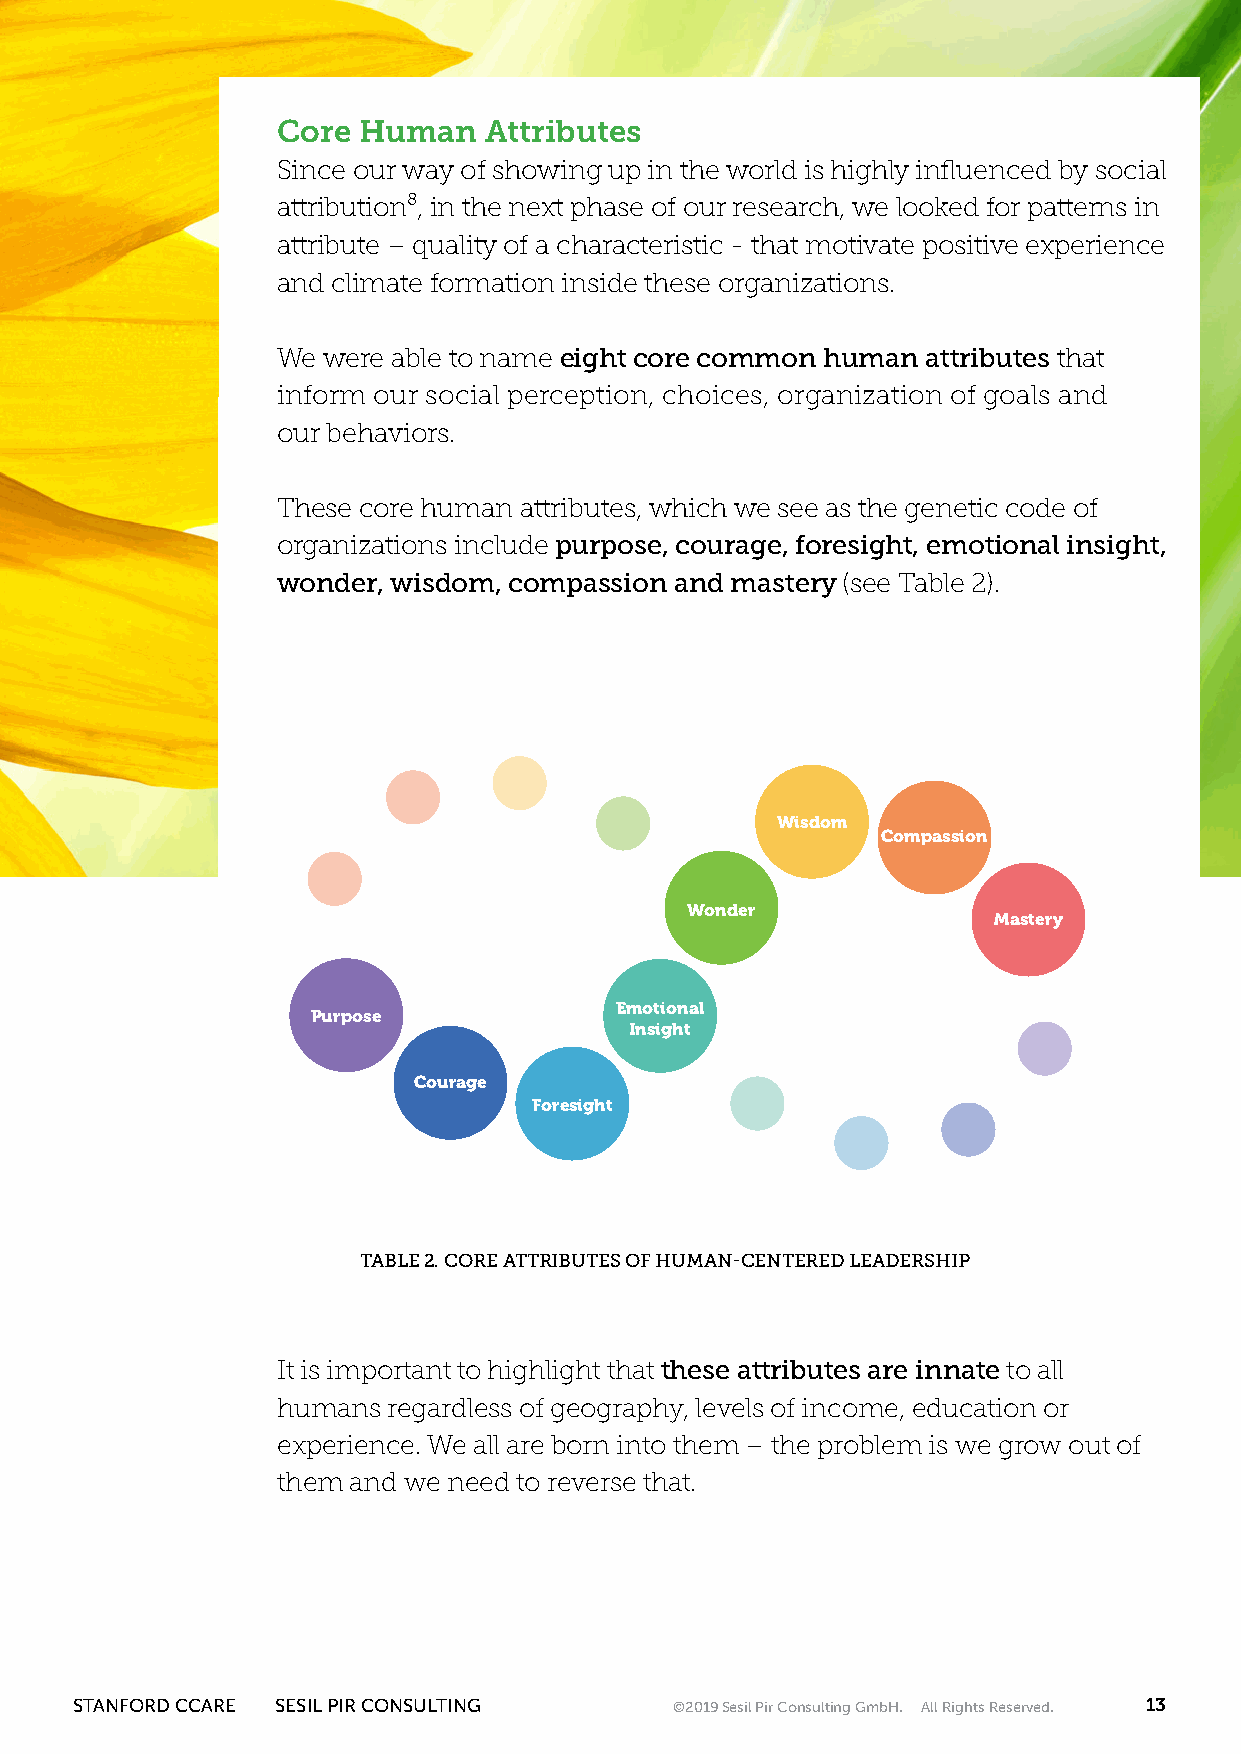
Core  Human   Attributes
 Since our way of showing up in the world is highly influenced by social
 attribution⁸, in the next phase of our research, we looked for patterns in
 attribute – quality of a characteristic - that motivate positive experience
 and climate formation inside these organizations.
 We were able to name eight core common human attributes that
 inform our social perception, choices, organization of goals and
 our behaviors.
 These core human attributes, which we see as the genetic code of
 organizations include purpose, courage, foresight, emotional insight,
 wonder, wisdom, compassion and mastery (see Table 2).
 Wisdom
 Compassion
 Wonder
 Mastery
 Emotional
 Purpose
 Insight
 Courage
 Foresight
 TABLE 2. CORE ATTRIBUTES OF HUMAN-CENTERED LEADERSHIP
 It is important to highlight that these attributes are innate to all
 humans  regardless of geography, levels of income, education or
 experience. We all are born into them – the problem is we grow out of
 them and we need to reverse that.
 STANFORD CCARE SESIL PIR CONSULTING     ©2019 Sesil Pir Consulting GmbH. All Rights Reserved. 13